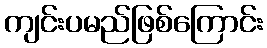
ကျင်းပမည်ဖြစ်ကြောင်း